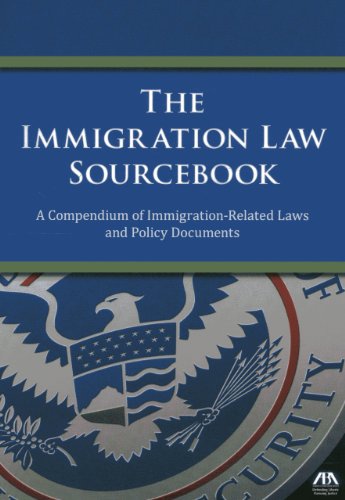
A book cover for The Immigration Law Sourcebook: A Compendium of Immigration-Related Laws and Policy Documents; American Bar Association; Law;